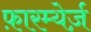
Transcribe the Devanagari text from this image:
फ़ारम्येर्ज़